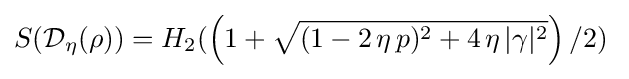
S({\mathcal {D}}_{\eta }(\rho ))=H_{2}(\left(1+{\sqrt {(1-2\,\eta \,p)^{2}+4\,\eta \,|\gamma |^{2}}}\right)/2)\;